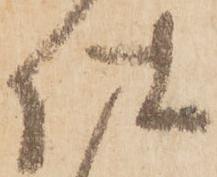
仕